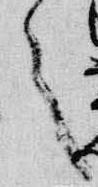
之